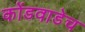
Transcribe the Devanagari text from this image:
कोंडवाडेच